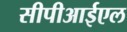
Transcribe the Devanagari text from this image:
सीपीआईएल